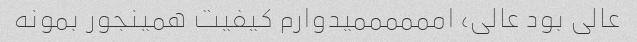
عالی بود عالی، اممممممیدوارم کیفیت همینجور بمونه